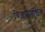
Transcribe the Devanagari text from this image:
विज्ञानपंडित